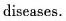
diseases.